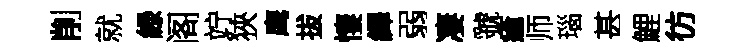
削就緑阁竚狹鹰拔悽繹弱凄虢瘡师瑙甚鯉彷